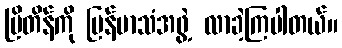
ဗြိတိန်ကို မြန်မာသံအဖွဲ့ လာခဲ့ကြပါတယ်။